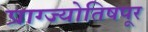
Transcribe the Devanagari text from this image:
प्राग्ज्योतिषपूर